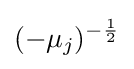
(-\mu _{j})^{-{\frac {1}{2}}}